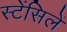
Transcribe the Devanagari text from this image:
स्टेंसिलें